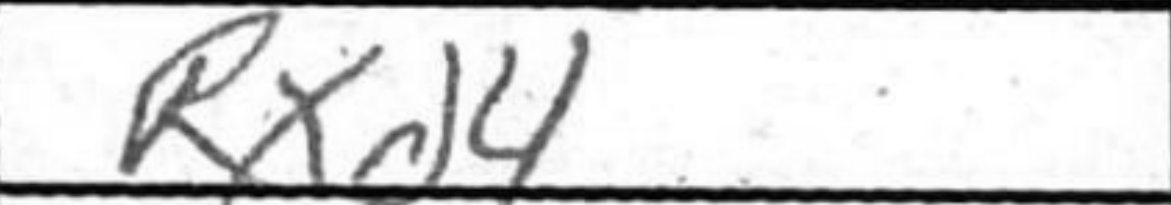
Transcription: Rxd4